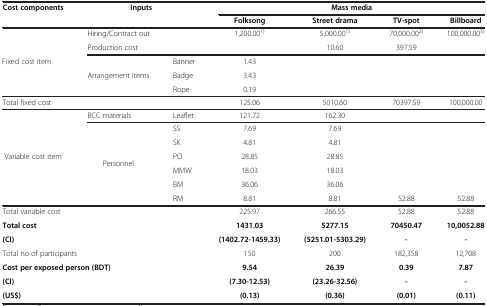
<table><thead><tr><td rowspan="2"><b>Cost components</b></td><td colspan="2" rowspan="2"><b>Inputs</b></td><td colspan="4"><b>Mass media</b></td></tr><tr><td><b>Folksong</b></td><td><b>Street drama</b></td><td><b>TV-spot</b></td><td><b>Billboard</b></td></tr></thead><tbody><tr><td rowspan="4">Fixed cost item</td><td colspan="2">Hiring/Contract out</td><td>1,200.00<sup>1)</sup></td><td>5,000.00<sup>1)</sup></td><td>70,000.00<sup>2)</sup></td><td>100,000.00<sup>3)</sup></td></tr><tr><td colspan="2">Production cost</td><td>[EMPTY_CELL]</td><td>10.60</td><td>397.59</td><td>[EMPTY_CELL]</td></tr><tr><td rowspan="2">Arrangement items</td><td>Banner</td><td>1.43</td><td>[EMPTY_CELL]</td><td>[EMPTY_CELL]</td><td>[EMPTY_CELL]</td></tr><tr><td>Badge</td><td>3.43</td><td>[EMPTY_CELL]</td><td>[EMPTY_CELL]</td><td>[EMPTY_CELL]</td></tr><tr><td>[EMPTY_CELL]</td><td>[EMPTY_CELL]</td><td>Rope</td><td>0.19</td><td>[EMPTY_CELL]</td><td>[EMPTY_CELL]</td><td>[EMPTY_CELL]</td></tr><tr><td colspan="2">Total fixed cost</td><td>[EMPTY_CELL]</td><td>125.06</td><td>5010.60</td><td>70397.59</td><td>100,000.00</td></tr><tr><td rowspan="6">Variable cost item</td><td>BCC materials</td><td>Leaflet</td><td>121.72</td><td>162.30</td><td>[EMPTY_CELL]</td><td>[EMPTY_CELL]</td></tr><tr><td>[EMPTY_CELL]</td><td>SS</td><td>7.69</td><td>7.69</td><td>[EMPTY_CELL]</td><td>[EMPTY_CELL]</td></tr><tr><td>[EMPTY_CELL]</td><td>SK</td><td>4.81</td><td>4.81</td><td>[EMPTY_CELL]</td><td>[EMPTY_CELL]</td></tr><tr><td>Personnel</td><td>PO</td><td>28.85</td><td>28.85</td><td>[EMPTY_CELL]</td><td>[EMPTY_CELL]</td></tr><tr><td>[EMPTY_CELL]</td><td>MMW</td><td>18.03</td><td>18.03</td><td>[EMPTY_CELL]</td><td>[EMPTY_CELL]</td></tr><tr><td>[EMPTY_CELL]</td><td>BM</td><td>36.06</td><td>36.06</td><td>[EMPTY_CELL]</td><td>[EMPTY_CELL]</td></tr><tr><td>[EMPTY_CELL]</td><td>[EMPTY_CELL]</td><td>RM</td><td>8.81</td><td>8.81</td><td>52.88</td><td>52.88</td></tr><tr><td colspan="2">Total variable cost</td><td>[EMPTY_CELL]</td><td>225.97</td><td>266.55</td><td>52.88</td><td>52.88</td></tr><tr><td><b>Total cost</b></td><td>[EMPTY_CELL]</td><td>[EMPTY_CELL]</td><td><b>1431.03</b></td><td><b>5277.15</b></td><td><b>70450.47</b></td><td><b>10,0052.88</b></td></tr><tr><td><b>(CI)</b></td><td>[EMPTY_CELL]</td><td>[EMPTY_CELL]</td><td><b>(1402.72-1459.33)</b></td><td><b>(5251.01-5303.29)</b></td><td><b>-</b></td><td><b>-</b></td></tr><tr><td colspan="3">Total no of participants</td><td>150</td><td>200</td><td>182,358</td><td>12,708</td></tr><tr><td colspan="3"><b>Cost per exposed person (BDT)</b></td><td><b>9.54</b></td><td><b>26.39</b></td><td><b>0.39</b></td><td><b>7.87</b></td></tr><tr><td colspan="3"><b>(CI)</b></td><td><b>(7.30-12.53)</b></td><td><b>(23.26-32.56)</b></td><td><b>-</b></td><td><b>-</b></td></tr><tr><td colspan="3"><b>(US$)</b></td><td><b>(0.13)</b></td><td><b>(0.36)</b></td><td><b>(0.01)</b></td><td><b>(0.11)</b></td></tr></tbody></table>